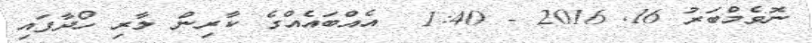
ނޮވެމްބަރު 16